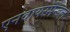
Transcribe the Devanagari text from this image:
एनवायरमेन्टल